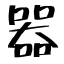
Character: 器